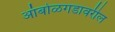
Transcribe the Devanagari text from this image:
आंबोळगडावरील